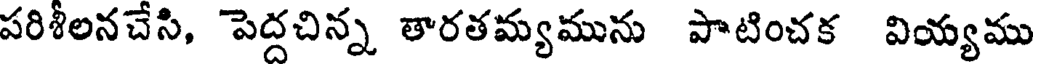
పరిశీలనచేసి, పెద్దచిన్న తారతమ్యమును పాటించక వియ్యము